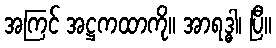
အကြင် အဋ္ဌကထာကို။ အာရဒ္ဓါ၊ ပြီ။